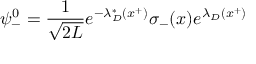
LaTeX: \psi _ { - } ^ { 0 } = { \frac { 1 } { \sqrt { 2 L } } } e ^ { - \lambda _ { D } ^ { * } ( x ^ { + } ) } \sigma _ { - } ( x ) e ^ { \lambda _ { D } ( x ^ { + } ) }